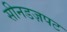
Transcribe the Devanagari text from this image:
सीनडज़पट